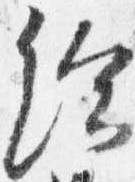
給